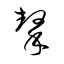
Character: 擊